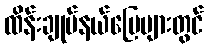
ထိန်းချုပ်နယ်မြေများတွင်